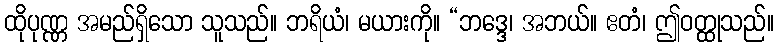
ထိုပုဏ္ဏ အမည်ရှိသော သူသည်။ ဘရိယံ၊ မယားကို။ “ဘဒ္ဒေ၊ အဘယ်။ ဧတံ၊ ဤဝတ္ထုသည်။